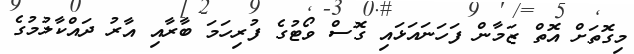
މިގޮތަށް އޮތް ޒަމާން ފަހަނައަޅައި ގޮސް ވޯޓުގެ ފުރިހަމަ ބާރާއި އާރު ދައްކާލުމުގެ